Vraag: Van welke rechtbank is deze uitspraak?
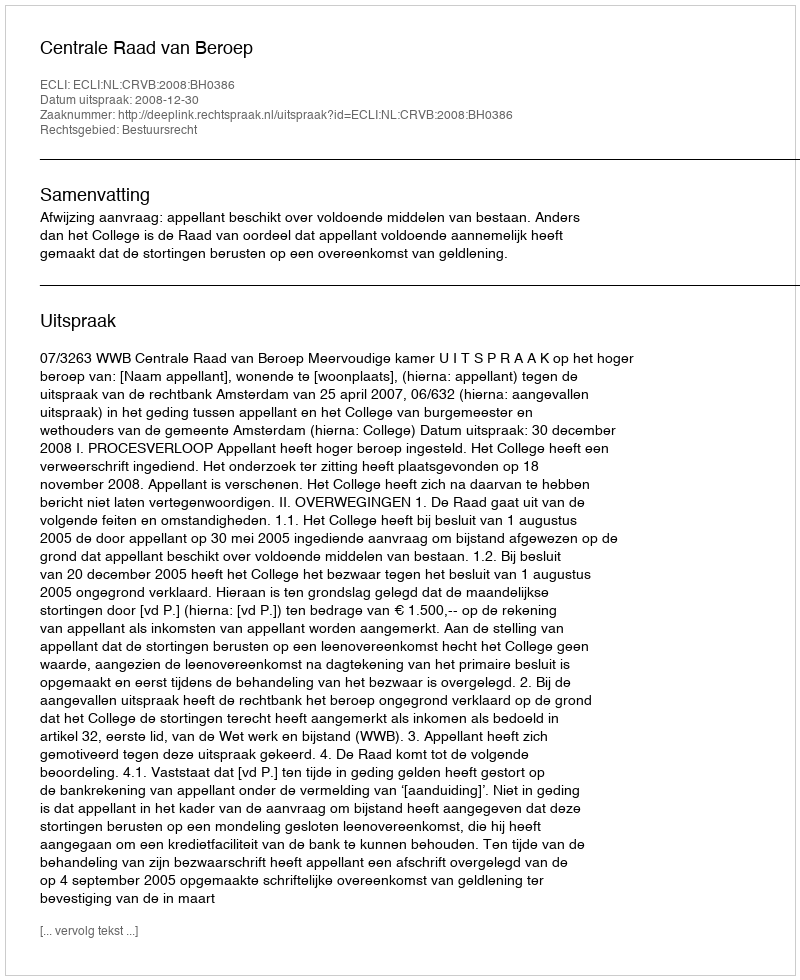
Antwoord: Centrale Raad van Beroep